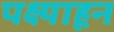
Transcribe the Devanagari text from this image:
पक्ष्याहून